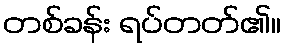
တစ်ခန်း ရပ်တတ်၏။